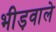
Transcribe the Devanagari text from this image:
भीड़वाले